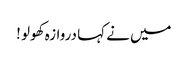
میں نے کہا دروازہ کھولو !